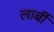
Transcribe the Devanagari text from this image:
लार्बी